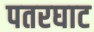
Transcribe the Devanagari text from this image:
पतरघाट